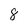
Character: 8